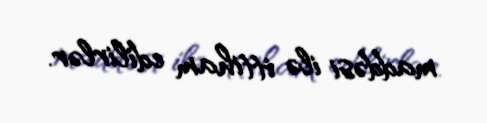
maddəsi ilə ittiham edilirlər.